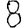
Digit: 8